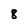
Character: 8